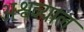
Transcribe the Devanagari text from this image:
अश्वव्याल